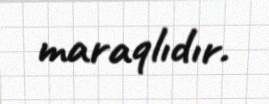
maraqlıdır.